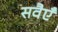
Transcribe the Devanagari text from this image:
सवैएँ